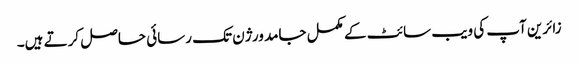
زائرین آپ کی ویب سائٹ کے مکمل جامد ورژن تک رسائی حاصل کرتے ہیں۔